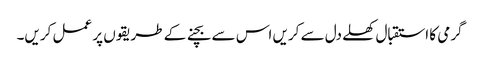
گرمی کا استقبال کھلے دل سے کریں اس سے بچنے کے طریقوں پر عمل کریں۔